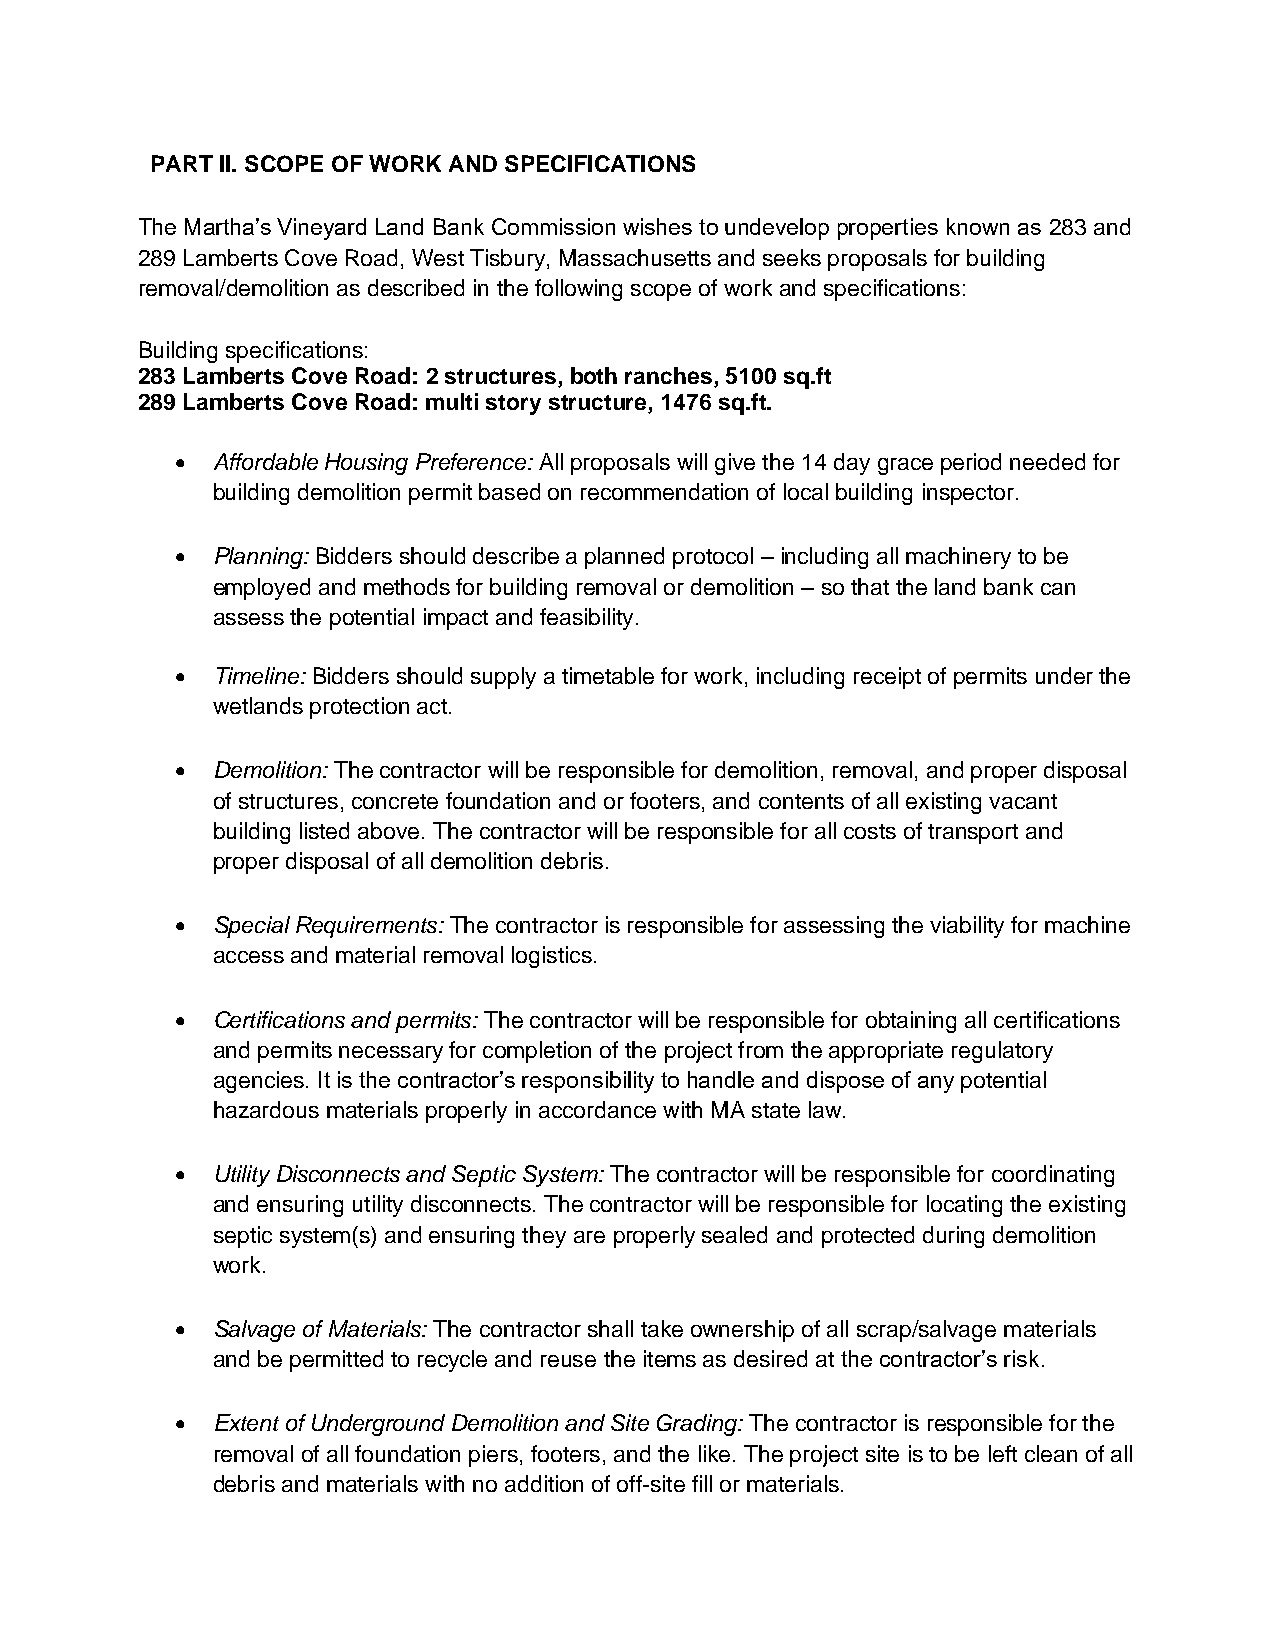
PART II. SCOPE OF WORK AND SPECIFICATIONS
 The Martha’s Vineyard Land Bank Commission wishes to undevelop properties known as 283 and
 289 Lamberts Cove Road, West Tisbury, Massachusetts and seeks proposals for building
 removal/demolition as described in the following scope of work and specifications:
 Building specifications:
 283 Lamberts Cove Road: 2 structures, both ranches, 5100 sq.ft
 289 Lamberts Cove Road: multi story structure, 1476 sq.ft.
 • Affordable Housing Preference: All proposals will give the 14 day grace period needed for
 building demolition permit based on recommendation of local building inspector.
 • Planning: Bidders should describe a planned protocol – including all machinery to be
 employed and methods for building removal or demolition – so that the land bank can
 assess the potential impact and feasibility.
 • Timeline: Bidders should supply a timetable for work, including receipt of permits under the
 wetlands protection act.
 • Demolition: The contractor will be responsible for demolition, removal, and proper disposal
 of structures, concrete foundation and or footers, and contents of all existing vacant
 building listed above. The contractor will be responsible for all costs of transport and
 proper disposal of all demolition debris.
 • Special Requirements: The contractor is responsible for assessing the viability for machine
 access and material removal logistics.
 • Certifications and permits: The contractor will be responsible for obtaining all certifications
 and permits necessary for completion of the project from the appropriate regulatory
 agencies. It is the contractor’s responsibility to handle and dispose of any potential
 hazardous materials properly in accordance with MA state law.
 • Utility Disconnects and Septic System: The contractor will be responsible for coordinating
 and ensuring utility disconnects. The contractor will be responsible for locating the existing
 septic system(s) and ensuring they are properly sealed and protected during demolition
 work.
 • Salvage of Materials: The contractor shall take ownership of all scrap/salvage materials
 and be permitted to recycle and reuse the items as desired at the contractor’s risk.
 • Extent of Underground Demolition and Site Grading: The contractor is responsible for the
 removal of all foundation piers, footers, and the like. The project site is to be left clean of all
 debris and materials with no addition of off-site fill or materials.